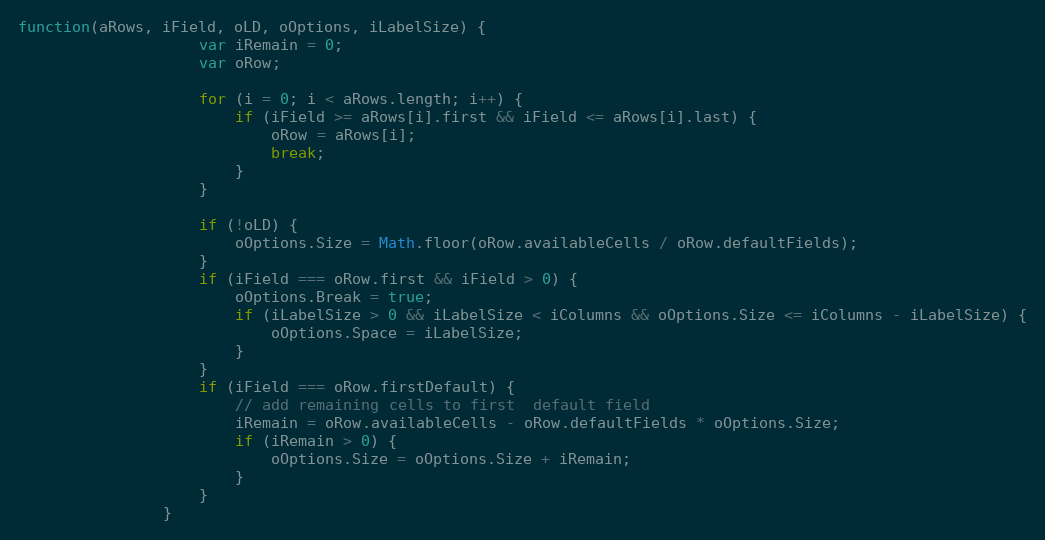
Language: JavaScript
function(aRows, iField, oLD, oOptions, iLabelSize) {
					var iRemain = 0;
					var oRow;

					for (i = 0; i < aRows.length; i++) {
						if (iField >= aRows[i].first && iField <= aRows[i].last) {
							oRow = aRows[i];
							break;
						}
					}

					if (!oLD) {
						oOptions.Size = Math.floor(oRow.availableCells / oRow.defaultFields);
					}
					if (iField === oRow.first && iField > 0) {
						oOptions.Break = true;
						if (iLabelSize > 0 && iLabelSize < iColumns && oOptions.Size <= iColumns - iLabelSize) {
							oOptions.Space = iLabelSize;
						}
					}
					if (iField === oRow.firstDefault) {
						// add remaining cells to first  default field
						iRemain = oRow.availableCells - oRow.defaultFields * oOptions.Size;
						if (iRemain > 0) {
							oOptions.Size = oOptions.Size + iRemain;
						}
					}
				}